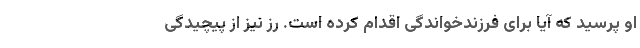
او پرسید که آیا برای فرزندخواندگی اقدام کرده است. رز نیز از پیچیدگی